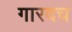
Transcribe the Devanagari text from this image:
गारदच